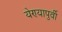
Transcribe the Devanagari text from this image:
येण्यापुर्वी